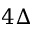
4 \Delta